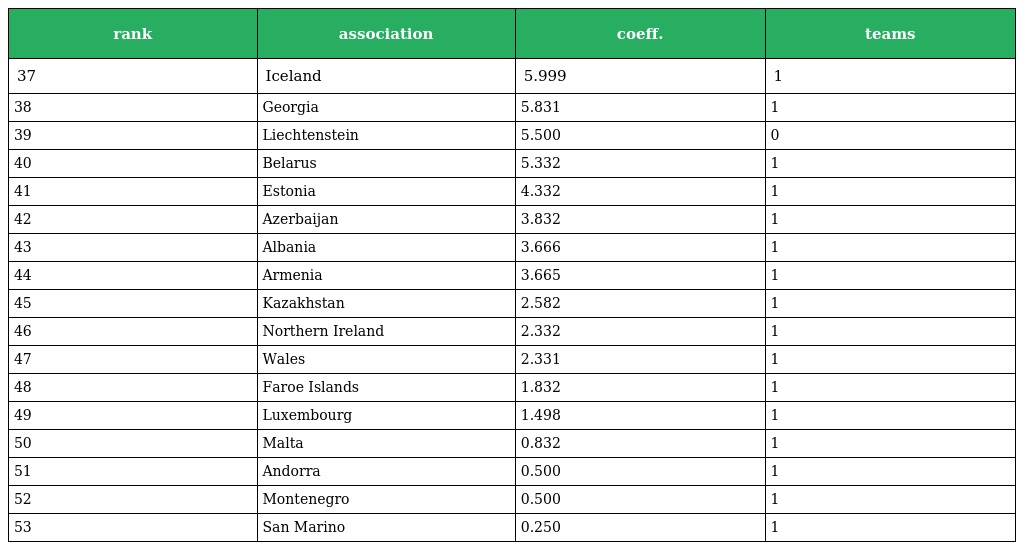
| rank | association | coeff. | teams |
 | --- | --- | --- | --- |
 | 37 | Iceland | 5.999 | 1 |
 | 38 | Georgia | 5.831 | 1 |
 | 39 | Liechtenstein | 5.500 | 0 |
 | 40 | Belarus | 5.332 | 1 |
 | 41 | Estonia | 4.332 | 1 |
 | 42 | Azerbaijan | 3.832 | 1 |
 | 43 | Albania | 3.666 | 1 |
 | 44 | Armenia | 3.665 | 1 |
 | 45 | Kazakhstan | 2.582 | 1 |
 | 46 | Northern Ireland | 2.332 | 1 |
 | 47 | Wales | 2.331 | 1 |
 | 48 | Faroe Islands | 1.832 | 1 |
 | 49 | Luxembourg | 1.498 | 1 |
 | 50 | Malta | 0.832 | 1 |
 | 51 | Andorra | 0.500 | 1 |
 | 52 | Montenegro | 0.500 | 1 |
 | 53 | San Marino | 0.250 | 1 |